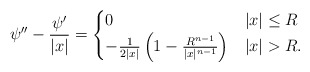
\begin{align*} \psi''-\frac{\psi'}{|x|}= \begin{cases} 0 &|x|\le R\\ -\frac{1}{2|x|} \left(1-\frac{R^{n-1}}{|x|^{n-1}}\right) &|x|>R. \end{cases}\end{align*}